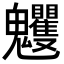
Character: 𩵈